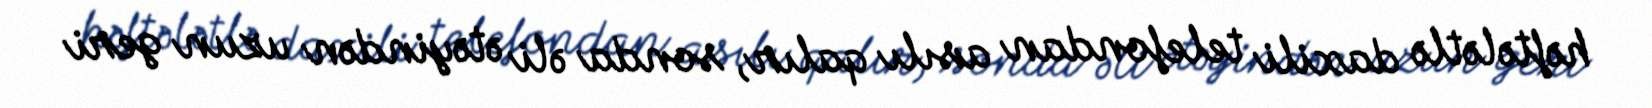
həftələtlə daxili telefondan asılı qalır, sonda əli ətəyindən uzun geri